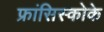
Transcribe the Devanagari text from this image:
फ्रांसिस्कोके